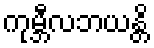
ကုမ္ဘီလဘယန္တိ